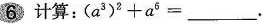
6 计算：$$(a^{3})^{2}+a^{6}=___$$.